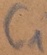
Text: C1